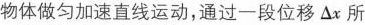
物体做匀加速直线运动，通过一段位移△x所